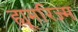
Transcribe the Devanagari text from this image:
ह्यूमरिज्म